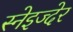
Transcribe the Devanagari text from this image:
स्नेइज्देर